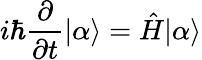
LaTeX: i\hbar{\frac{\partial}{\partial t}}|\alpha\rangle={\hat{H}}|\alpha\rangle